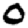
Digit: 0